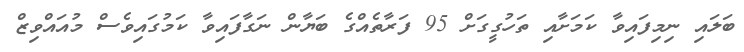
ބަލައި ނިމިފައިވާ ކަމަށާއި ތަހުގީގަށް 95 ފަރާތެއްގެ ބަޔާން ނަގާފައިވާ ކަމުގައިވެސް މުއައްވިޒް